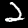
Label: 2